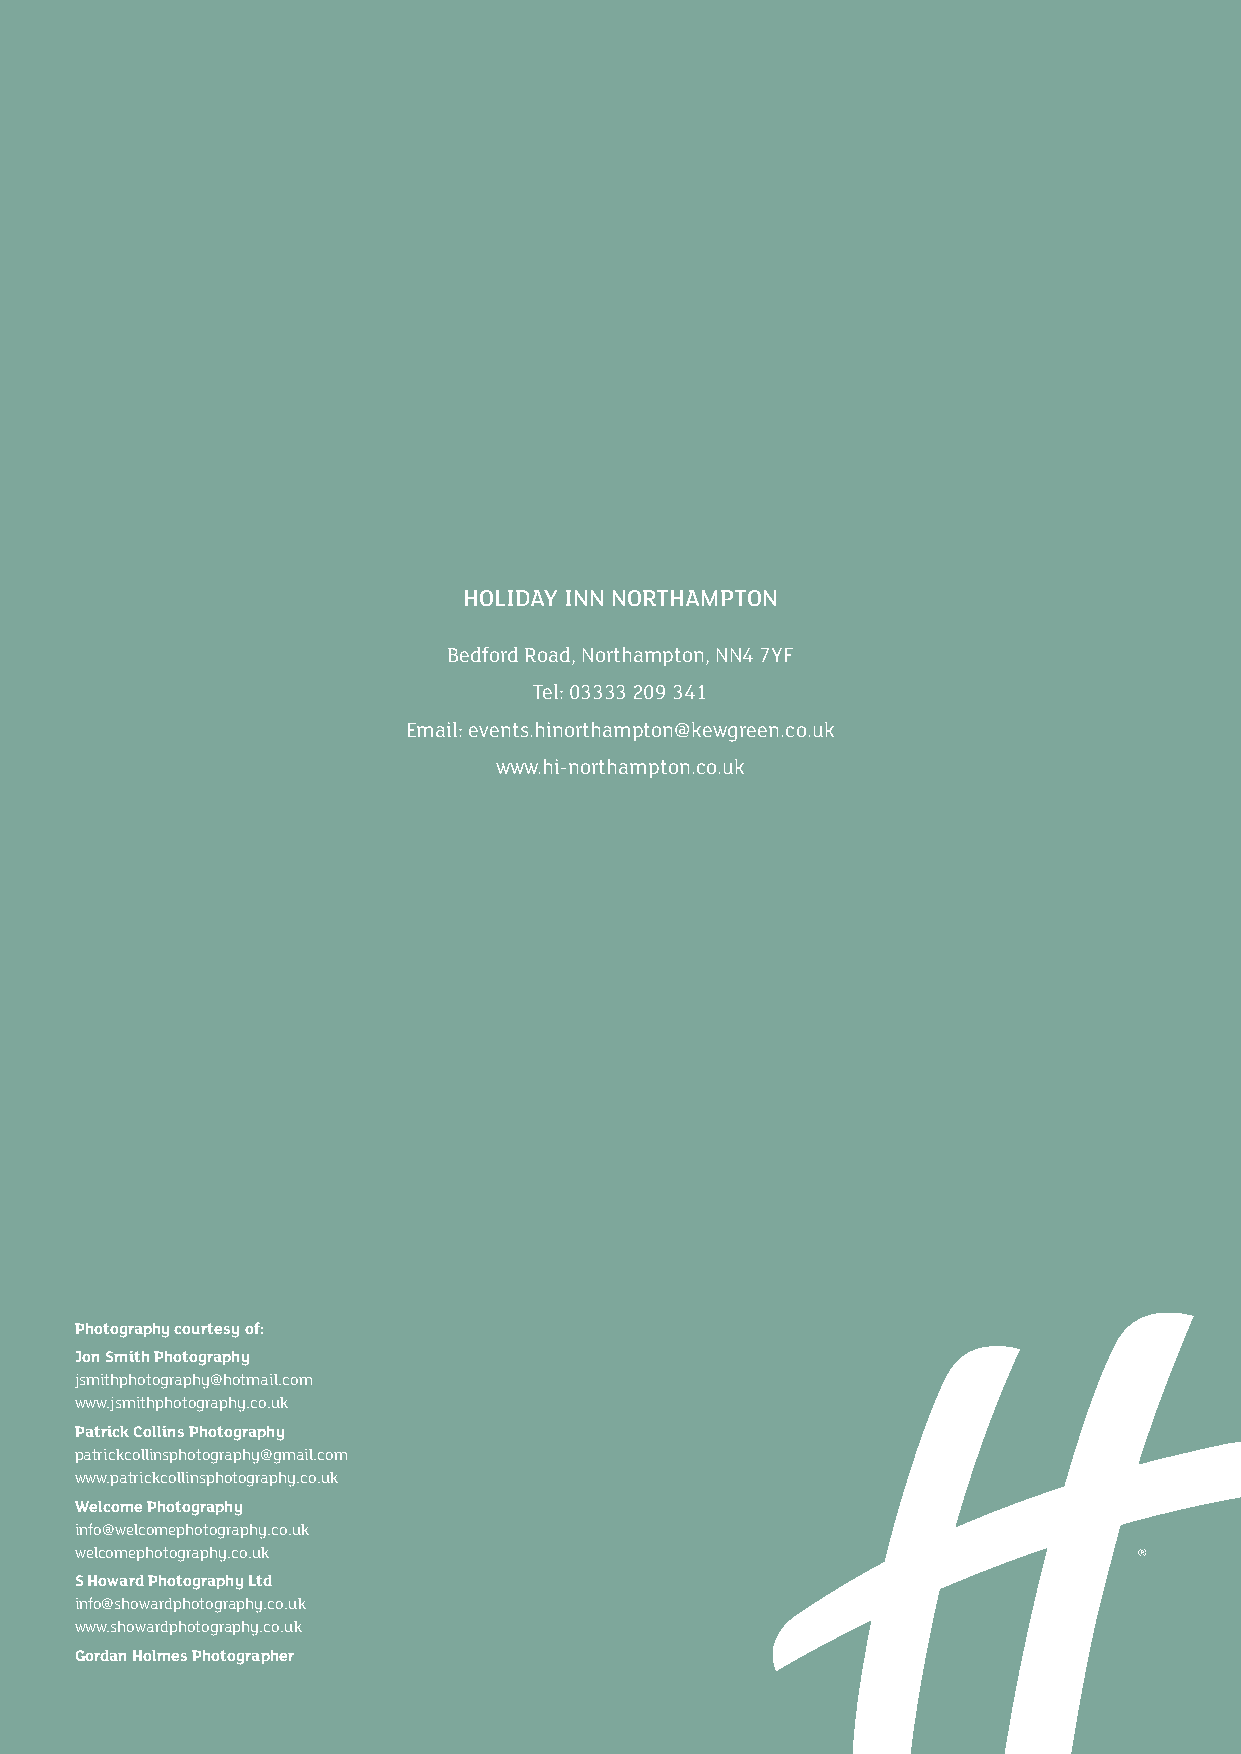
HOLIDAY INN NORTHAMPTON
 Bedford Road, Northampton, NN4 7YF
 Tel: 03333 209 341
 Email: events.hinorthampton@kewgreen.co.uk
 www.hi-northampton.co.uk
 Photography courtesy of:
 Jon Smith Photography
 jsmithphotography@hotmail.com
 www.jsmithphotography.co.uk
 Patrick Collins Photography
 patrickcollinsphotography@gmail.com
 www.patrickcollinsphotography.co.uk
 Welcome Photography
 info@welcomephotography.co.uk
 welcomephotography.co.uk
 S Howard Photography Ltd
 info@showardphotography.co.uk
 www.showardphotography.co.uk
 Gordan Holmes Photographer